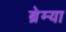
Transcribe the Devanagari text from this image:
ब्रेम्या